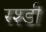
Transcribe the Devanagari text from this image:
रश्डी